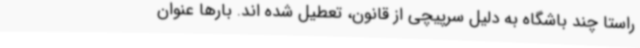
راستا چند باشگاه به دلیل سرپیچی از قانون، تعطیل شده اند. بارها عنوان